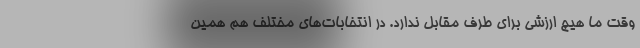
وقت ما هیچ ارزشی برای طرف مقابل ندارد. در انتخابات‌های مختلف هم همین